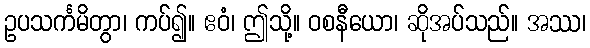
ဥပသင်္ကမိတွာ၊ ကပ်၍။ ဧဝံ၊ ဤသို့။ ဝစနီယော၊ ဆိုအပ်သည်။ အဿ၊